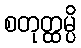
စတုတ္ထမ္ပိ